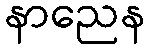
နာညေန